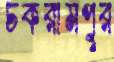
চকরামপুর